Riigikantselei, lk 37
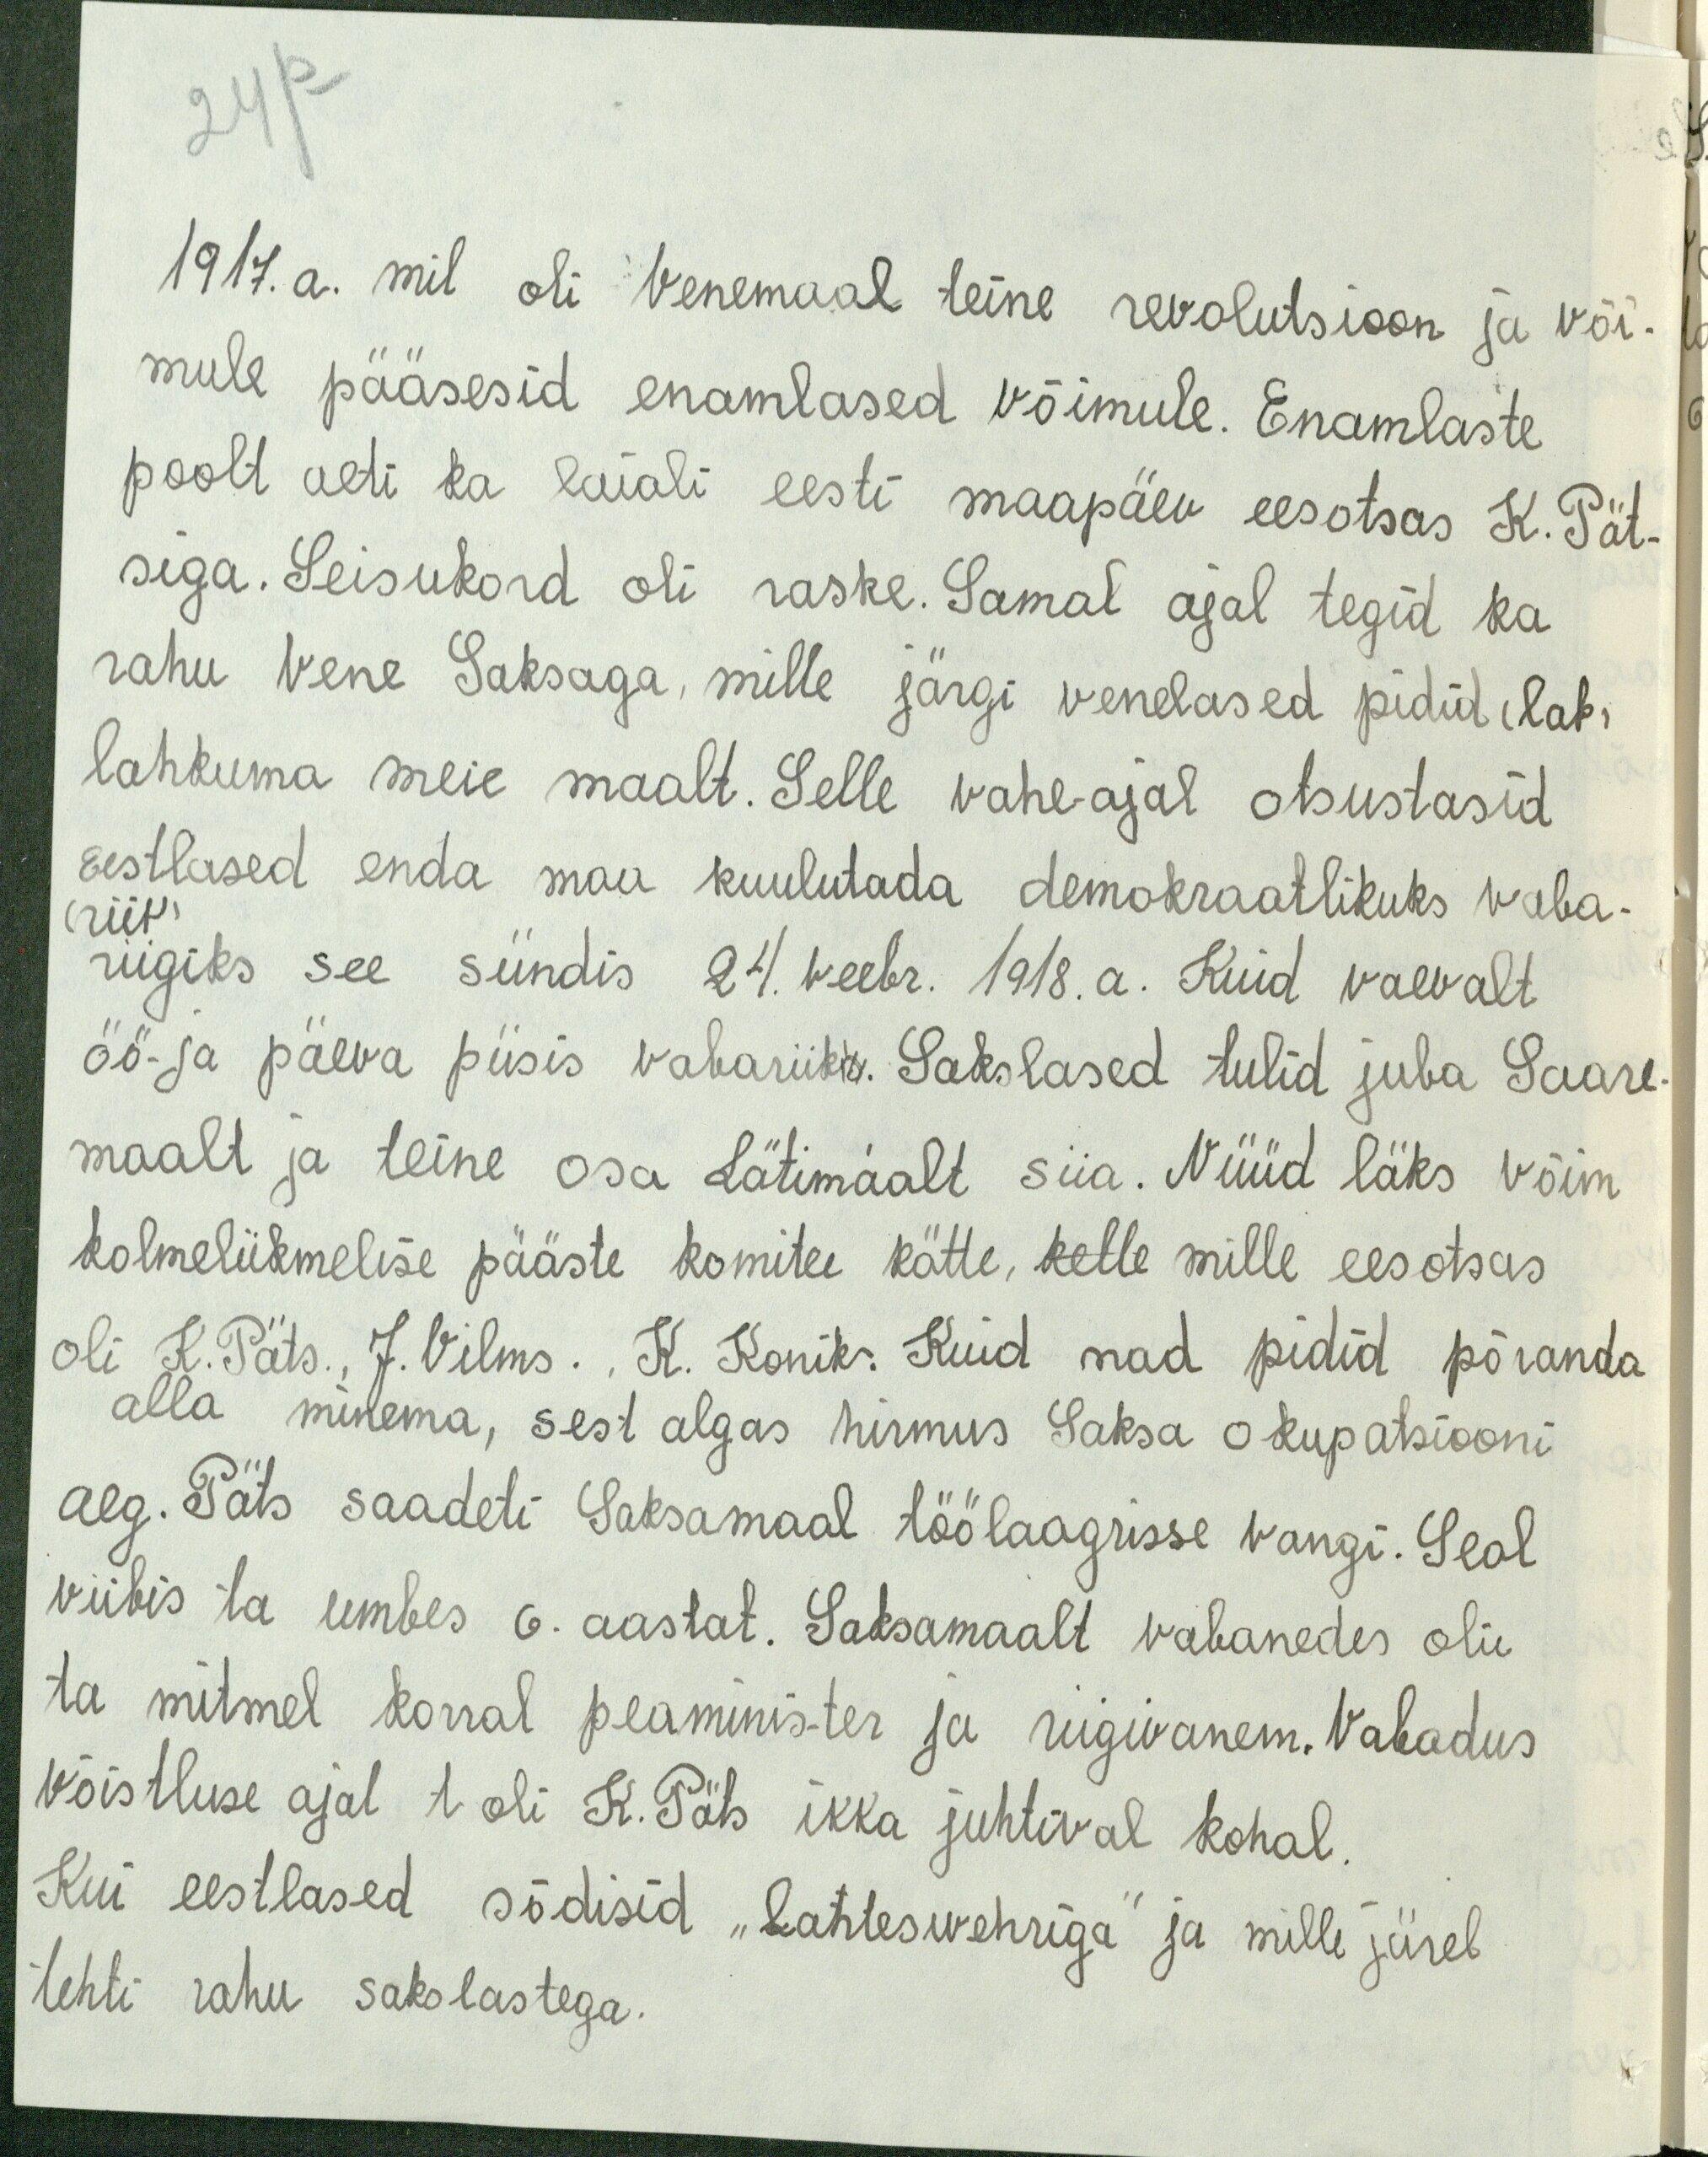
24 p
1917. a. mil oli Venemaal teine revolutsioon ja või-
mule pääsesid enamlased võimule. Enamlaste
poolt aeti ka laiali eesti maapäev eesotsas K. Pät-
siga. Seisukord oli raske. Samal ajal tegid ka
rahu Vene Saksaga, mille järgi venelased pidid (lah)
lahkuma meie maalt. Selle vahe-ajal otsustasid
Eestlased enda maa kuulutada demokraatlikuks vaba-
(riik)
riigiks see sündis 24. veebr. 1918. a. Kuid vaevalt
öö- ja päeva piisis vabariik. Sakslased tulid juba Saare-
maalt ja teine osa Lätimaalt siia. Nüüd läks võim
kolmelikmelise pääste komitee kätte, kelle mille eesotsas
oli K. Päts., J. Vilms., K. Konik. Kuid nad pidid põranda
alla minema, sest algas hirmus Saksa okupatsiooni
aeg. Päts saadeti Saksamaal töölaagrisse vangi. Seal
viibis ta umbes 6. aastat. Saksamaalt vabanedes oli
ta mitmel korral peaminister ja riigivanem. Vabadus
võistluse ajal t. oli K. Päts ikka juhtival kohal
Kui eestlased sõdisid "Lanteswehriga" ja mille järel
tehti rahu sakslastega.